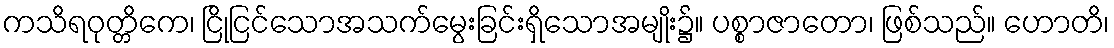
ကသိရဝုတ္တိကေ၊ ငြိုငြင်သောအသက်မွေးခြင်းရှိသောအမျိုး၌။ ပစ္စာဇာတော၊ ဖြစ်သည်။ ဟောတိ၊